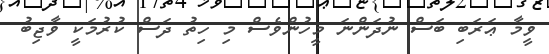
ވީމާ ޢަރަބި ބަސް ނުދަންނަ މީހުންވެސް މި ހިތު ދަސް ކުރުމަކީ ވާޖިބު